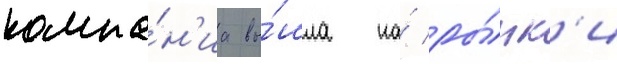
компа́н'иа вы́шла на́ ры́нк'и